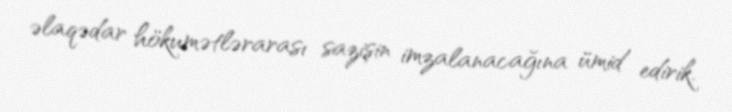
əlaqədar hökumətlərarası sazişin imzalanacağına ümid edirik.